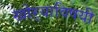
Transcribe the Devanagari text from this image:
खोर्‍याविषयी